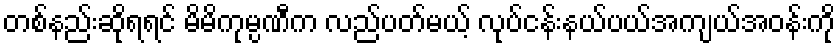
တစ်နည်းဆိုရရင် မိမိကုမ္ပဏီက လည်ပတ်မယ့် လုပ်ငန်းနယ်ပယ်အကျယ်အဝန်းကို